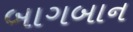
બાગબાન